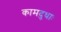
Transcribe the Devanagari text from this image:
कामदुधाः